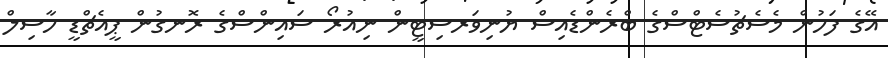
އޭގެ ފަހުން މެސެޗުސެޓްސްގެ ބްރެންޑެއިސް ޔުނިވަރސިޓީން ނިއުރޯ ސައިންސްގެ ރޮނގުން ޕީއެޗްޑީ ހާސިލް